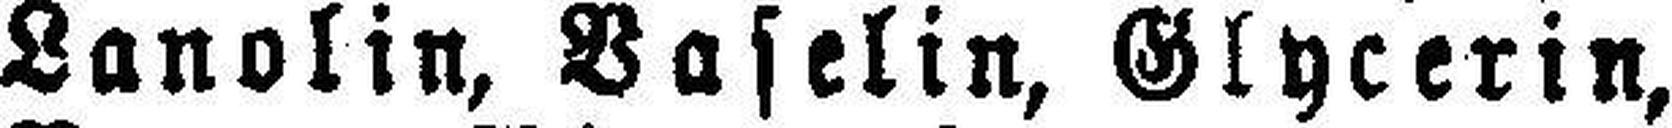
Lanolin, Baselin, Glycerin,